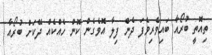
ތިއޮތީ ބުރޯއާ ބައިވެރިވެފަ ދެން ފިލާ އޮވެގެން ކޮން ހެއްކެއް ދޭކަށް ބުރޯއާ